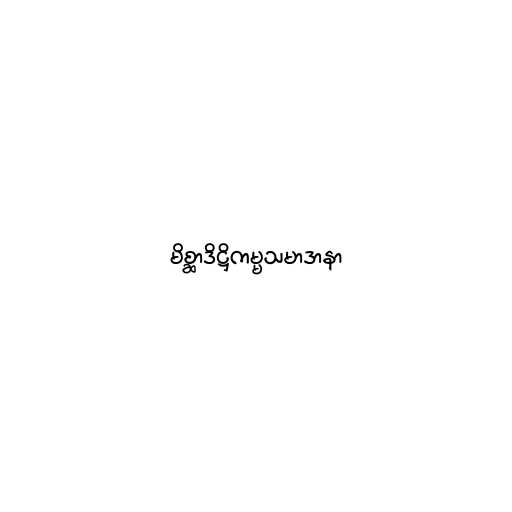
မိစ္ဆာဒိဋ္ဌိကမ္မသမာဒာနာ